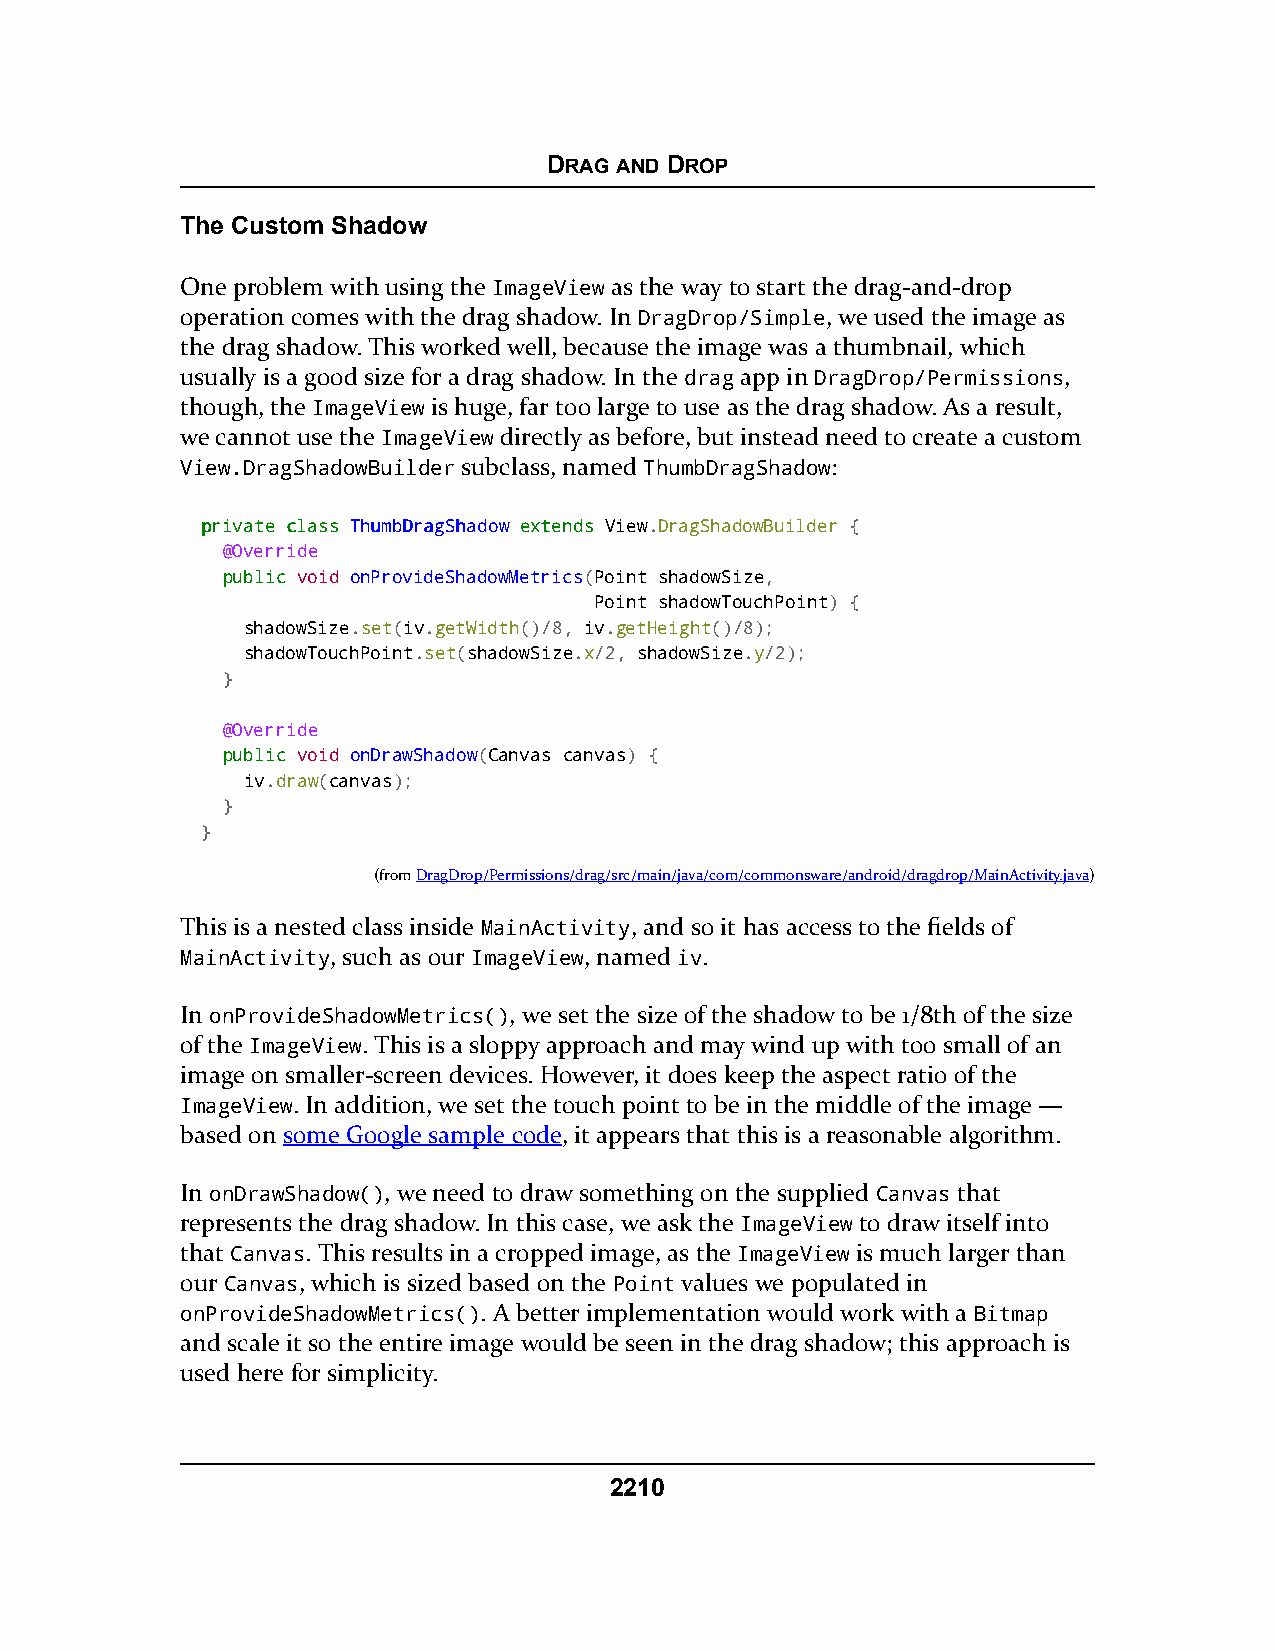
DRAG AND DROP
 The Custom Shadow
 One problem with using the ImageView as the way to start the drag-and-drop
 operation comes with the drag shadow. In DragDrop/Simple, we used the image as
 the drag shadow. This worked well, because the image was a thumbnail, which
 usually is a good size for a drag shadow. In the drag app in DragDrop/Permissions,
 though, the ImageView is huge, far too large to use as the drag shadow. As a result,
 we cannot use the ImageView directly as before, but instead need to create a custom
 View.DragShadowBuilder subclass, named ThumbDragShadow:
 pprriivvaattee ccllaassss TThhuummbbDDrraaggSShhaaddooww eexxtteennddss View.DragShadowBuilder {
 @Override
 ppuubblliicc void onProvideShadowMetrics(Point shadowSize,
 Point shadowTouchPoint) {
 shadowSize.set(iv.getWidth()/8, iv.getHeight()/8);
 shadowTouchPoint.set(shadowSize.x/2, shadowSize.y/2);
 }
 @Override
 ppuubblliicc void onDrawShadow(Canvas canvas) {
 iv.draw(canvas);
 }
 }
 (fromDragDrop/Permissions/drag/src/main/java/com/commonsware/android/dragdrop/MainActivity.java)
 This is a nested class inside MainActivity, and so it has access to the fields of
 MainActivity, such as our ImageView, named iv.
 In onProvideShadowMetrics(), we set the size of the shadow to be 1/8th of the size
 of the ImageView. This is a sloppy approach and may wind up with too small of an
 image on smaller-screen devices. However, it does keep the aspect ratio of the
 ImageView. In addition, we set the touch point to be in the middle of the image —
 based on some Google sample code, it appears that this is a reasonable algorithm.
 In onDrawShadow(), we need to draw something on the supplied Canvas that
 represents the drag shadow. In this case, we ask the ImageView to draw itself into
 that Canvas. This results in a cropped image, as the ImageView is much larger than
 our Canvas, which is sized based on the Point values we populated in
 onProvideShadowMetrics(). A better implementation would work with a Bitmap
 and scale it so the entire image would be seen in the drag shadow; this approach is
 used here for simplicity.
 2210